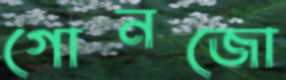
গোনজো